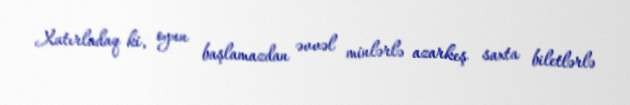
Xatırladaq ki, oyun başlamazdan əvvəl minlərlə azarkeş saxta biletlərlə